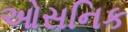
ઓસનિક